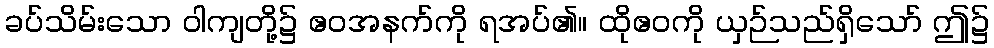
ခပ်သိမ်းသော ဝါကျတို့၌ ဧဝအနက်ကို ရအပ်၏။ ထိုဧဝကို ယှဉ်သည်ရှိသော် ဤ၌